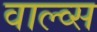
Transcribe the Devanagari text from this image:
वाल्व्स